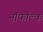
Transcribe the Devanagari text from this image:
नॉर्फोल्क